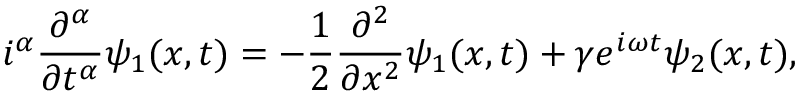
i ^ { \alpha } \frac { \partial ^ { \alpha } } { \partial t ^ { \alpha } } \psi _ { 1 } ( x , t ) = - \frac { 1 } { 2 } \frac { \partial ^ { 2 } } { \partial x ^ { 2 } } \psi _ { 1 } ( x , t ) + \gamma e ^ { i \omega t } \psi _ { 2 } ( x , t ) ,